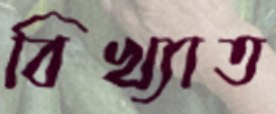
বিখ্যাত